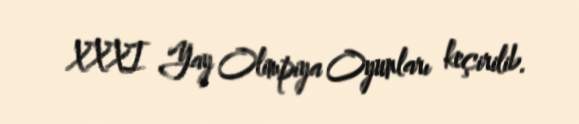
XXXI Yay Olimpiya Oyunları keçirilib.